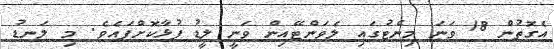
އެގޮތުން 18 ވަނަ މިނެޓުގައި ލެވަންޓޭއިން ވަނީ ލީޑު ފުޅާކޮށްފައެވެ. މި ލަނޑު